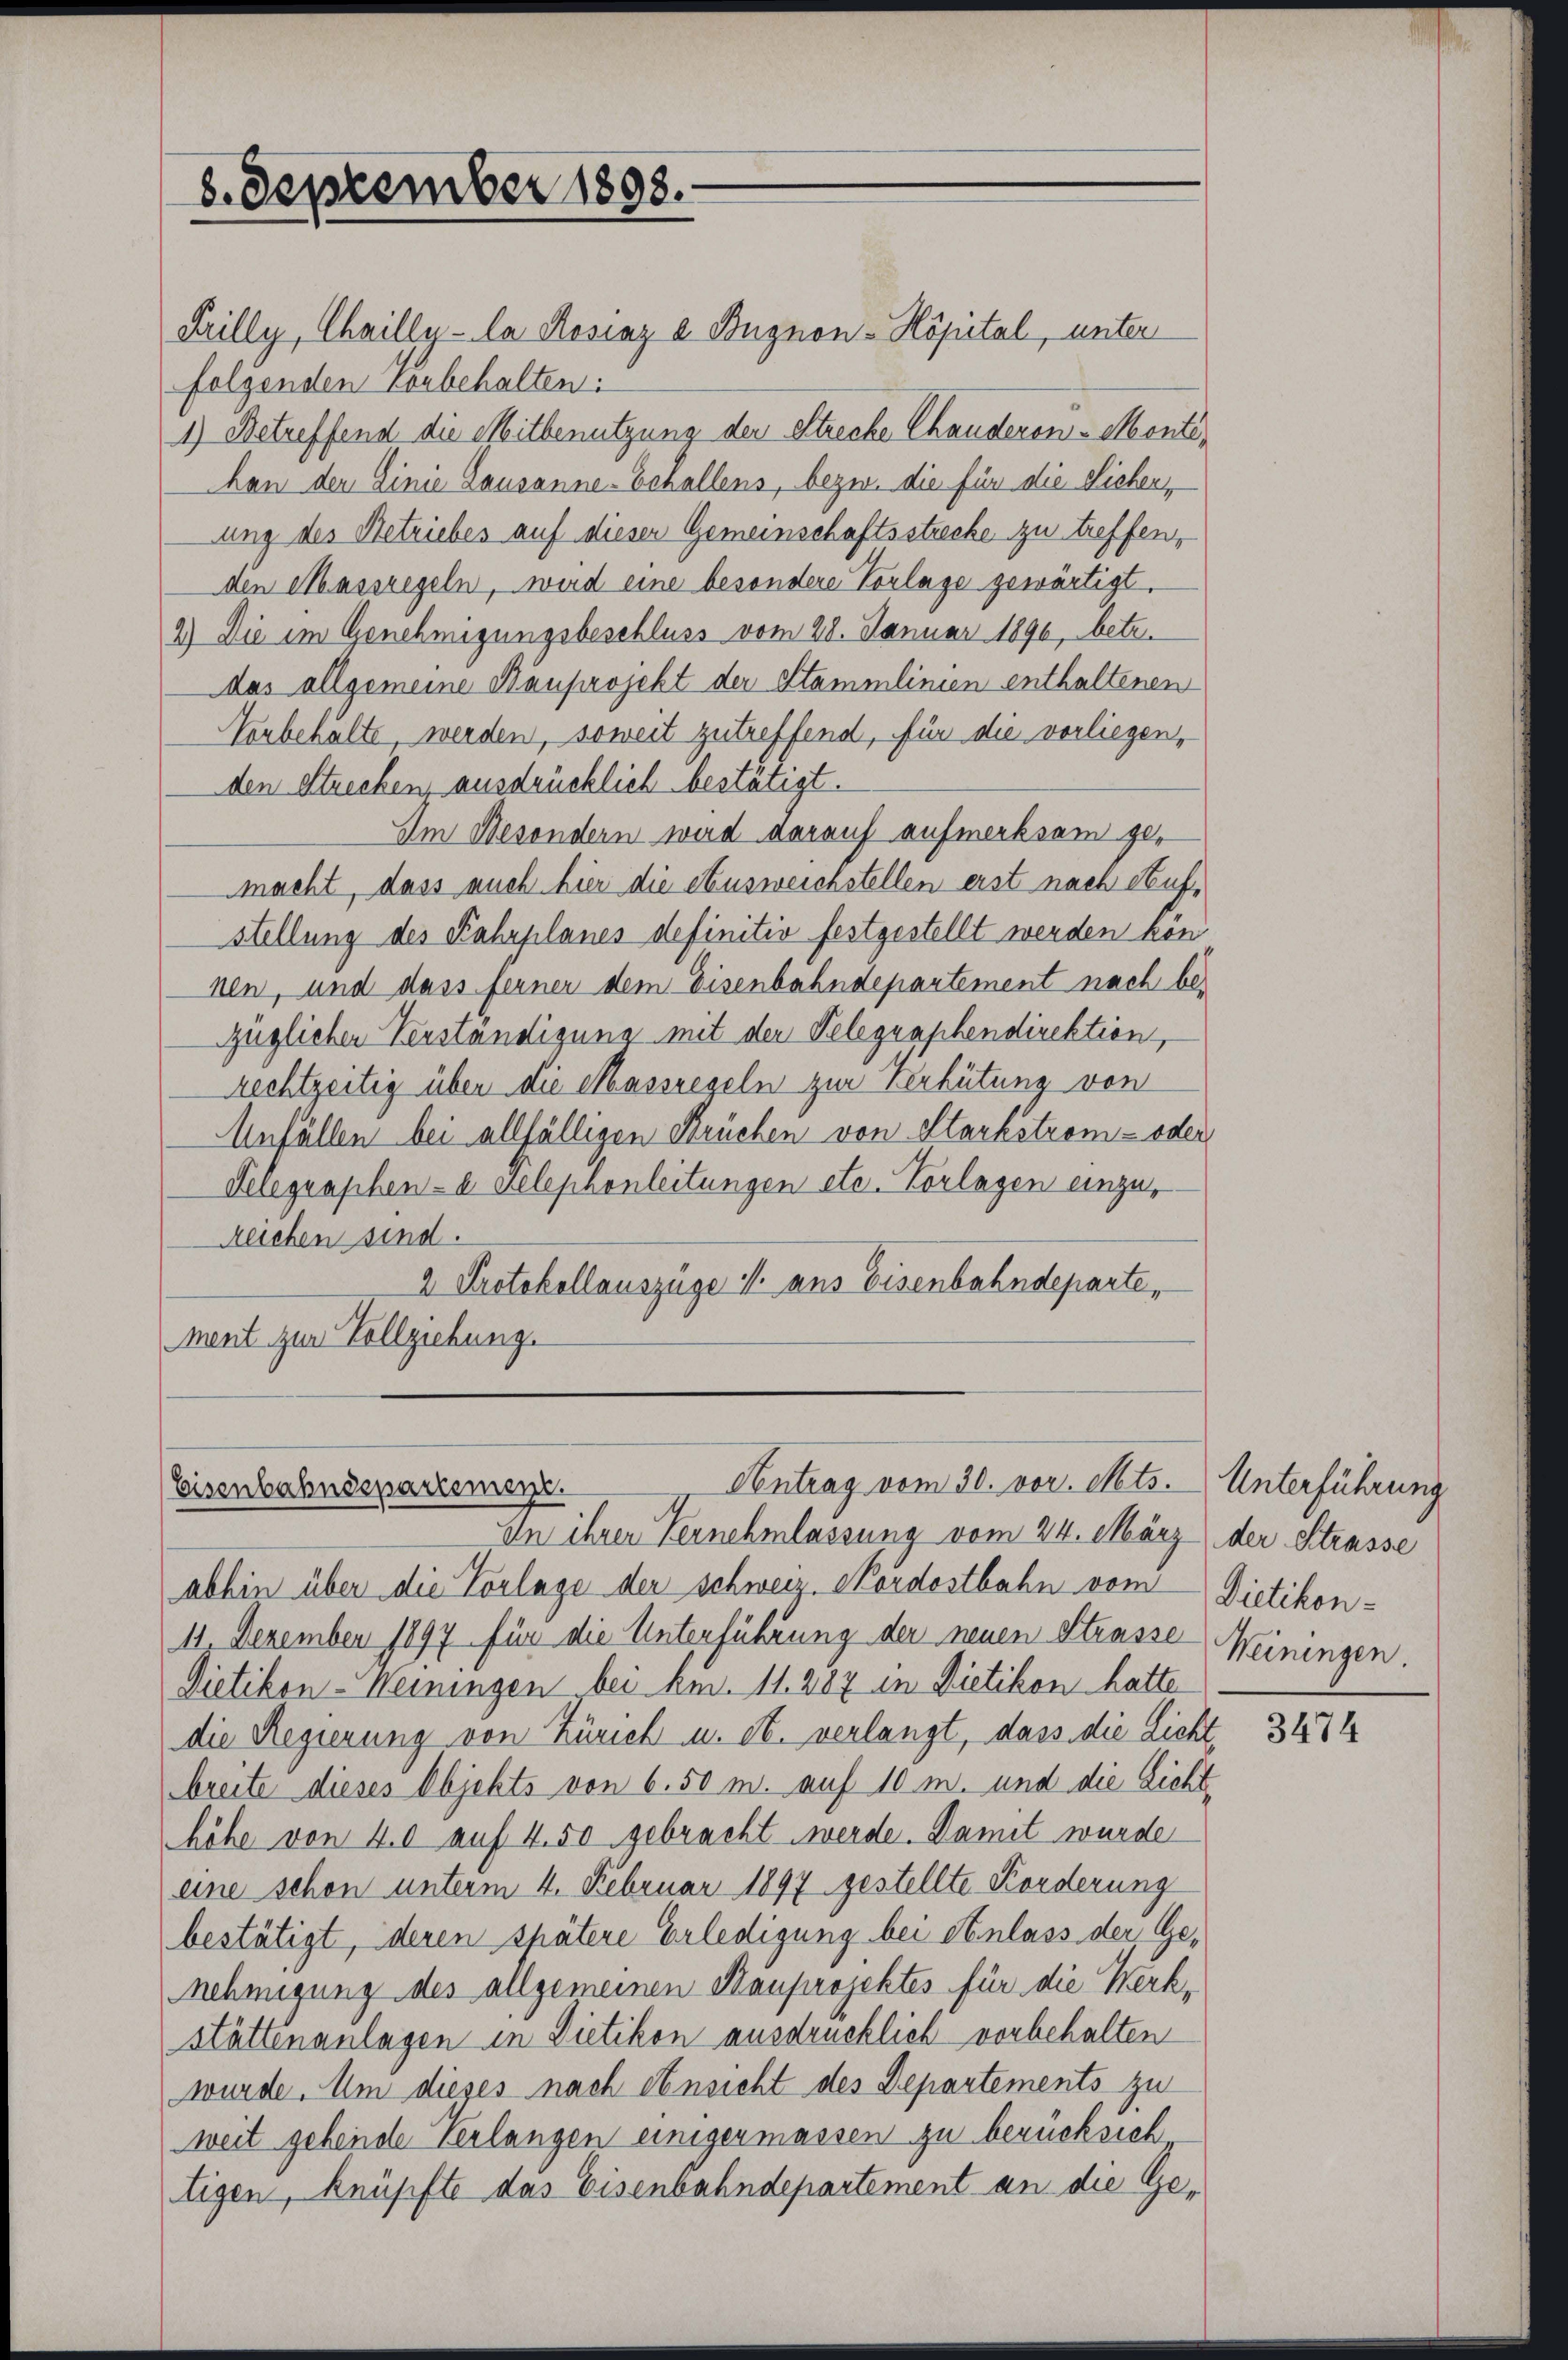
8. September 1898.

Filly, Chailly-la Rosiaz a Bugnon-Köpital, unter
folgenden Vorbehalten:
1) Betreffend die Mitbenutzung der Streche Chanderen-Monte,
han der Linie Lausanne-Echallens, bezw. die für die Sichen,
ung des Betriebes auf dieser Gemeinschaftsstrecke zu treffen,
den Massregeln, wird eine besondere Vorlage gewärtigt.
4.) Die im Genehmigungsbeschluss vom 28. Januar 1890, betr.
das allgemeine Kauprojekt der Stammlinien enthaltenen
Verbehalte, werden, soweit zutreffend, für die vorliegen,
den Strecken ausdrücklich bestätigt.
Im Besondern wird darauf aufmerksam ge-
macht, dass auch hier die etcusweichstellen erst nach Aufstellung des Fahrplanes definitiv festgestellt werden kön
nen, und dass ferner dem Eisenbahndepartement nach bezüglicher Verständigung mit der Telegraphendirektion,
rechtzeitig über die Massregeln zur Verhütung von
Anfällen bei allfälligen Früchen von Starkstrom- oder
Telegraphen- u. Telephonleitungen etc. Vorlagen einzu¬
Reichen sind.
2 Protokollauszüge V. aus Eisenbahndeparte,
ment zur Vollziehung.

Antrag vom 30. vor. Mts.
Eisenbahndepartement.
In ihrer Vernehmlassung vom 24. März der Strasse

abhin über die Vorlage der Schweiz. Nordostbahn vom
11 Dezember 1897 für die Unterführung der neuen Strasse
Dietikon-Weiningen bei Am. 11. 287 in Dietikon hatte
die Regierung von Zürich u. et. verlangt, dass die Licht
breite dieses Objekts von 6.50 m. auf 10 m. und die Lichthöhe von 40 auf 4.50 gebracht werde. Damit wurde
eine schon unterm 4. Februar 1897 gestellte Korderung
bestätigt, deren spätere Erledigung bei Anlass der Genehmigung des allgemeinen Kauprojektes für die Werkstättenanlagen in Dietikon ausdrücklich vorbehalten
wurde. Um dieses nach einsicht des Departements zu
weit gebende Verlangen einigermassen zu berücksich
tigen, knüpfte das Eisenbahndepartement an die Ge¬

Unterführung
Dietikon-
Weiningen.

3474